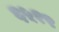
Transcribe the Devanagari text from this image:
६५१९